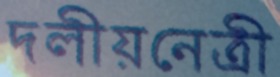
দলীয়নেত্রী